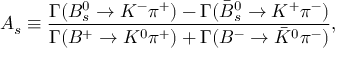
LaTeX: A _ { s } \equiv \frac { \Gamma ( B _ { s } ^ { 0 } \to K ^ { - } \pi ^ { + } ) - \Gamma ( \bar { B } _ { s } ^ { 0 } \to K ^ { + } \pi ^ { - } ) } { \Gamma ( B ^ { + } \to K ^ { 0 } \pi ^ { + } ) + \Gamma ( B ^ { - } \to \bar { K } ^ { 0 } \pi ^ { - } ) } ,